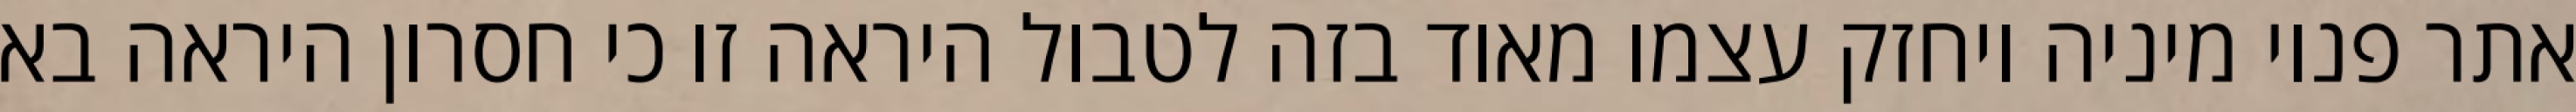
אתר פנוי מיניה ויחזק עצמו מאוד בזה לטבול היראה זו כי חסרון היראה בא